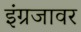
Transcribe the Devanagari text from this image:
इंग्रजावर